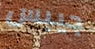
جيبس